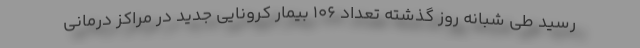
رسید طی شبانه روز گذشته تعداد ۱۰۶ بیمار کرونایی جدید در مراکز درمانی